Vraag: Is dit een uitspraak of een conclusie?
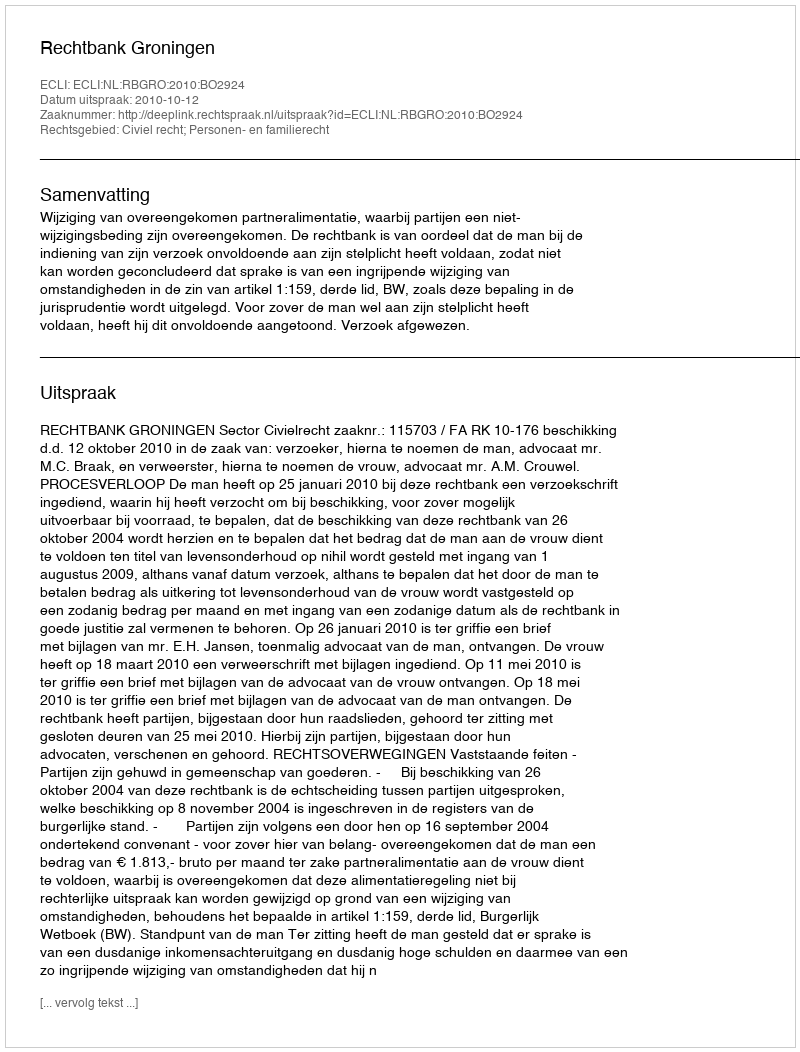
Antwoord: Uitspraak